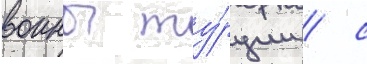
воины ту́рции / с